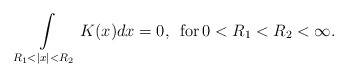
\begin{align*} \int\limits_{R_{1}<|x|<R_{2}}K(x) dx= 0,\,\,\, {\rm for}\, 0<R_{1}<R_{2}<\infty. \end{align*}